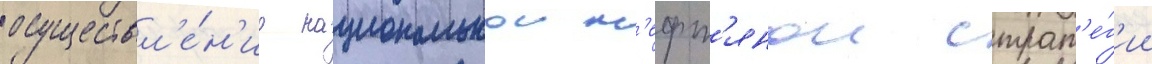
осуществл'е́н'ие национальнои н'ефт'янои страт'е́г'ии